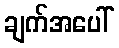
ချက်အပေါ်